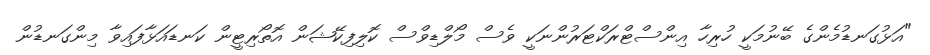
"އަޅުގަނޑުމެންގެ ބޭނުމަކީ ހުރިހާ އިންސްޓްރަކްޓަރުންނަކީ ވެސް މޯލްޑިވްސް ކޮލިފިކޭޝަން އޮތޯރިޓީން ކަނޑައަޅާފައިވާ މިންގަނޑުން